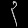
Digit: ၃